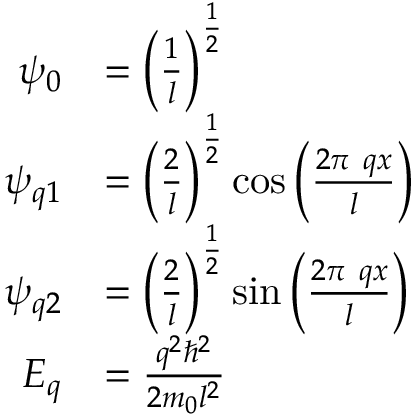
{ \begin{array} { r l } { \psi _ { 0 } } & { = \left( { \frac { 1 } { l } } \right) ^ { \frac { 1 } { 2 } } } \\ { \psi _ { q 1 } } & { = \left( { \frac { 2 } { l } } \right) ^ { \frac { 1 } { 2 } } \cos { \left( { \frac { 2 \pi \ q x } { l } } \right) } } \\ { \psi _ { q 2 } } & { = \left( { \frac { 2 } { l } } \right) ^ { \frac { 1 } { 2 } } \sin { \left( { \frac { 2 \pi \ q x } { l } } \right) } } \\ { E _ { q } } & { = { \frac { q ^ { 2 } \hbar ^ { 2 } } { 2 m _ { 0 } l ^ { 2 } } } } \end{array} }